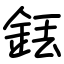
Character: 銩